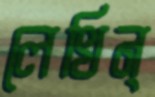
লেখিন্